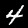
Label: 4